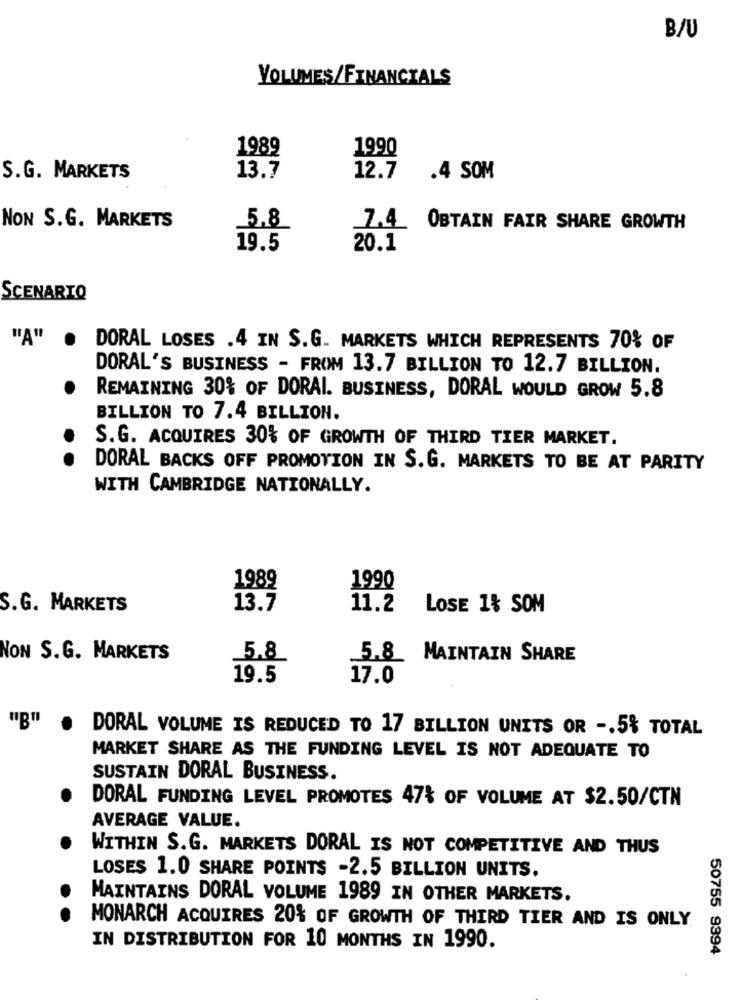
B/U
VOLUMES/FINANCIALS
1989
1990
S.G. MARKETS
13.7
12.7 .4 SOM
NON S.G. MARKETS
5.8
7.4 OBTAIN FAIR SHARE GROWTH
19.5
20.1
SCENARIO
"A"
.
DORAL LOSES .4 IN S.G. MARKETS WHICH REPRESENTS 70% OF
DORAL'S BUSINESS - FROM 13.7 BILLION TO 12.7 BILLION.
REMAINING 30% OF DORAL. BUSINESS, DORAL WOULD GROW 5.8
BILLION TO 7.4 BILLION.
S.G. ACQUIRES 30% OF GROWTH OF THIRD TIER MARKET.
DORAL BACKS OFF PROMOTION IN S.G. MARKETS TO BE AT PARITY
WITH CAMBRIDGE NATIONALLY.
1989
1990
S.G. MARKETS
13.7
11.2
LOSE 1& SOM
NON S.G. MARKETS
5.8
5.8 MAINTAIN SHARE
19.5
17.0
DORAL VOLUME IS REDUCED TO 17 BILLION UNITS OR -. 5% TOTAL
MARKET SHARE AS THE FUNDING LEVEL IS NOT ADEQUATE TO
SUSTAIN DORAL BUSINESS.
DORAL FUNDING LEVEL PROMOTES 47% OF VOLUME AT $2.50/CTN
AVERAGE VALUE.
WITHIN S.G. MARKETS DORAL IS NOT COMPETITIVE AND THUS
LOSES 1.0 SHARE POINTS -2.5 BILLION UNITS.
MAINTAINS DORAL VOLUME 1989 IN OTHER MARKETS.
MONARCH ACQUIRES 20% OF GROWTH OF THIRD TIER AND IS ONLY
IN DISTRIBUTION FOR 10 MONTHS IN 1990.
50755 9394